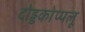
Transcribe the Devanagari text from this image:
दोड्डकोप्पलू